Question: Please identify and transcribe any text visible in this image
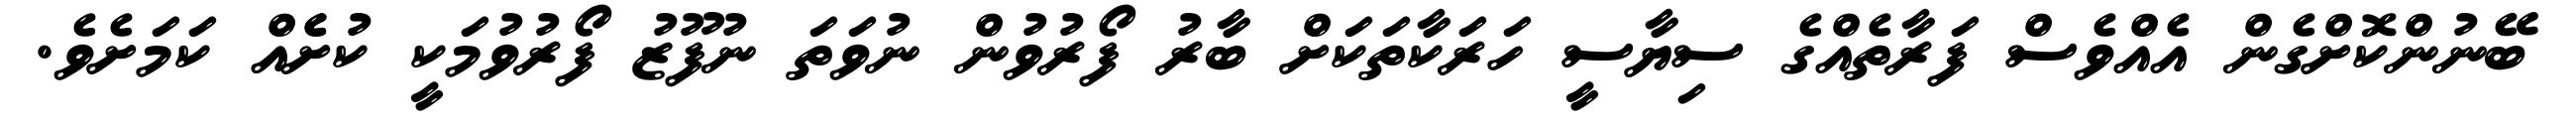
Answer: ބޭނުންކޮށްގެން އެއްވެސް ފަރާތެއްގެ ސިޔާސީ ހަރަކާތަކަށް ބާރު ފޯރުވުން ނުވަތަ ނުފޫޒު ފޯރުވުމަކީ ކުށެެއް ކަމަށެވެ.